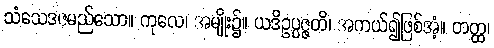
သံသေဒဇမည်သော။ ကုလေ၊ အမျိုး၌။ ယဒိဥပ္ပဇ္ဇတိ၊ အကယ်၍ဖြစ်အံ့။ တတ္ထ၊